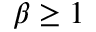
\beta \geq 1